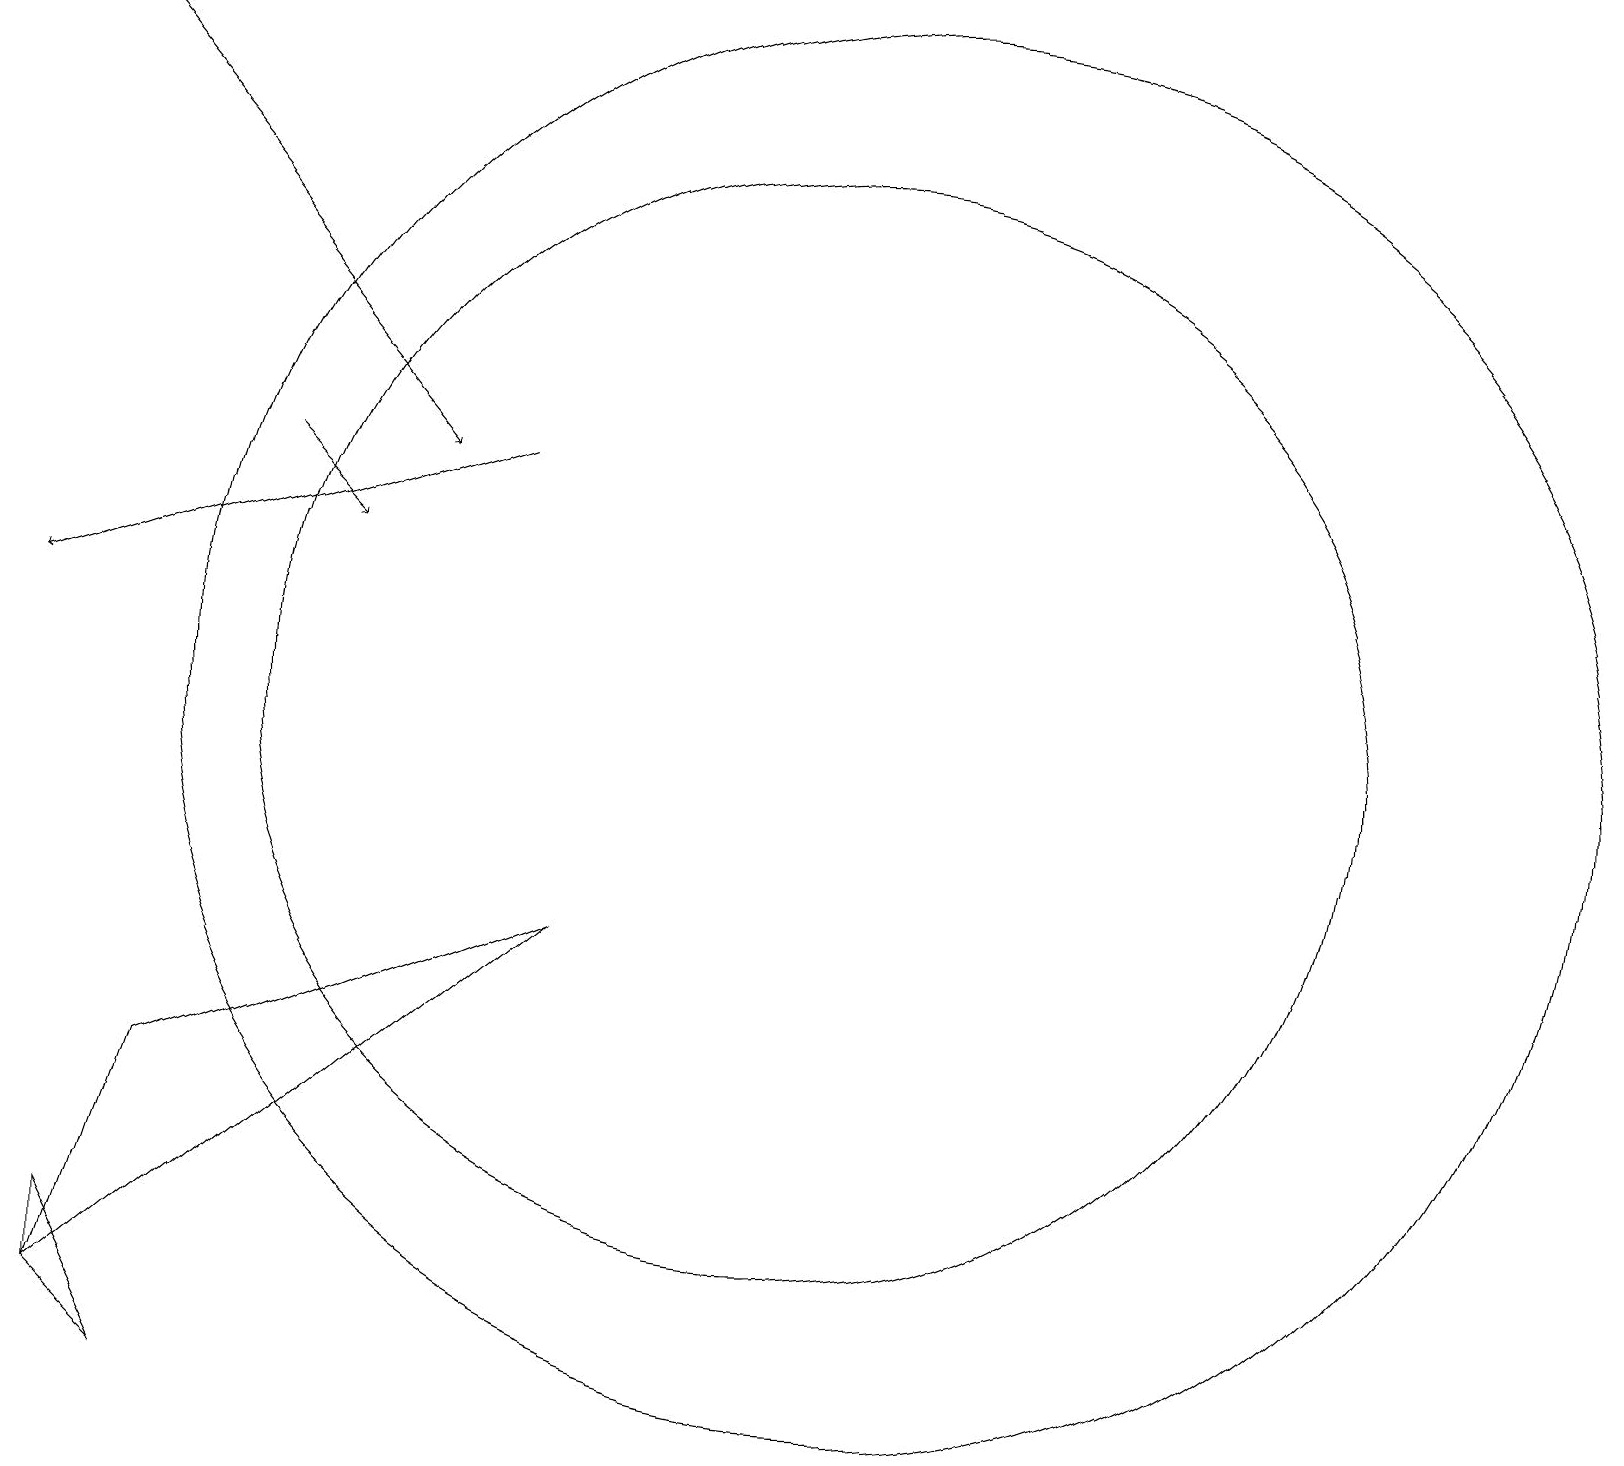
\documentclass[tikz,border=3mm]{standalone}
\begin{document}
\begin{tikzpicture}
\draw (2,1) -- (1,2) -- (1,3) -- cycle;
\draw (11,10) circle (9);
\draw (10,10) circle (7);
\draw (11,11) circle (0);
\draw[->] (3,13) -- (4,12);
\draw[->] (6,13) -- (0,11);
\draw[->] (0,19) -- (5,13);
\draw (7,7) -- (2,5) -- (1,2) -- cycle;
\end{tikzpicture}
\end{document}